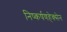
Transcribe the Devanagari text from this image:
निष्कर्षणहेक्सेन